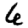
Digit: 6